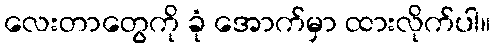
လေးတာတွေကို ခုံ အောက်မှာ ထားလိုက်ပါ။